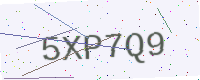
Text: 5XP7Q9